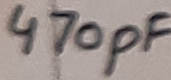
Text: 470pF